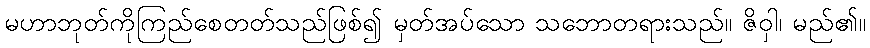
မဟာဘုတ်ကိုကြည်စေတတ်သည်ဖြစ်၍ မှတ်အပ်သော သဘောတရားသည်။ ဇိဝှါ၊ မည်၏။